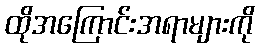
ထိုအကြောင်းအရာများကို